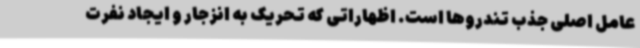
عامل اصلی جذب تندروها است. اظهاراتی که تحریک به انزجار و ایجاد نفرت